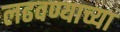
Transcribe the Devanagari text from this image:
लढवण्याच्या